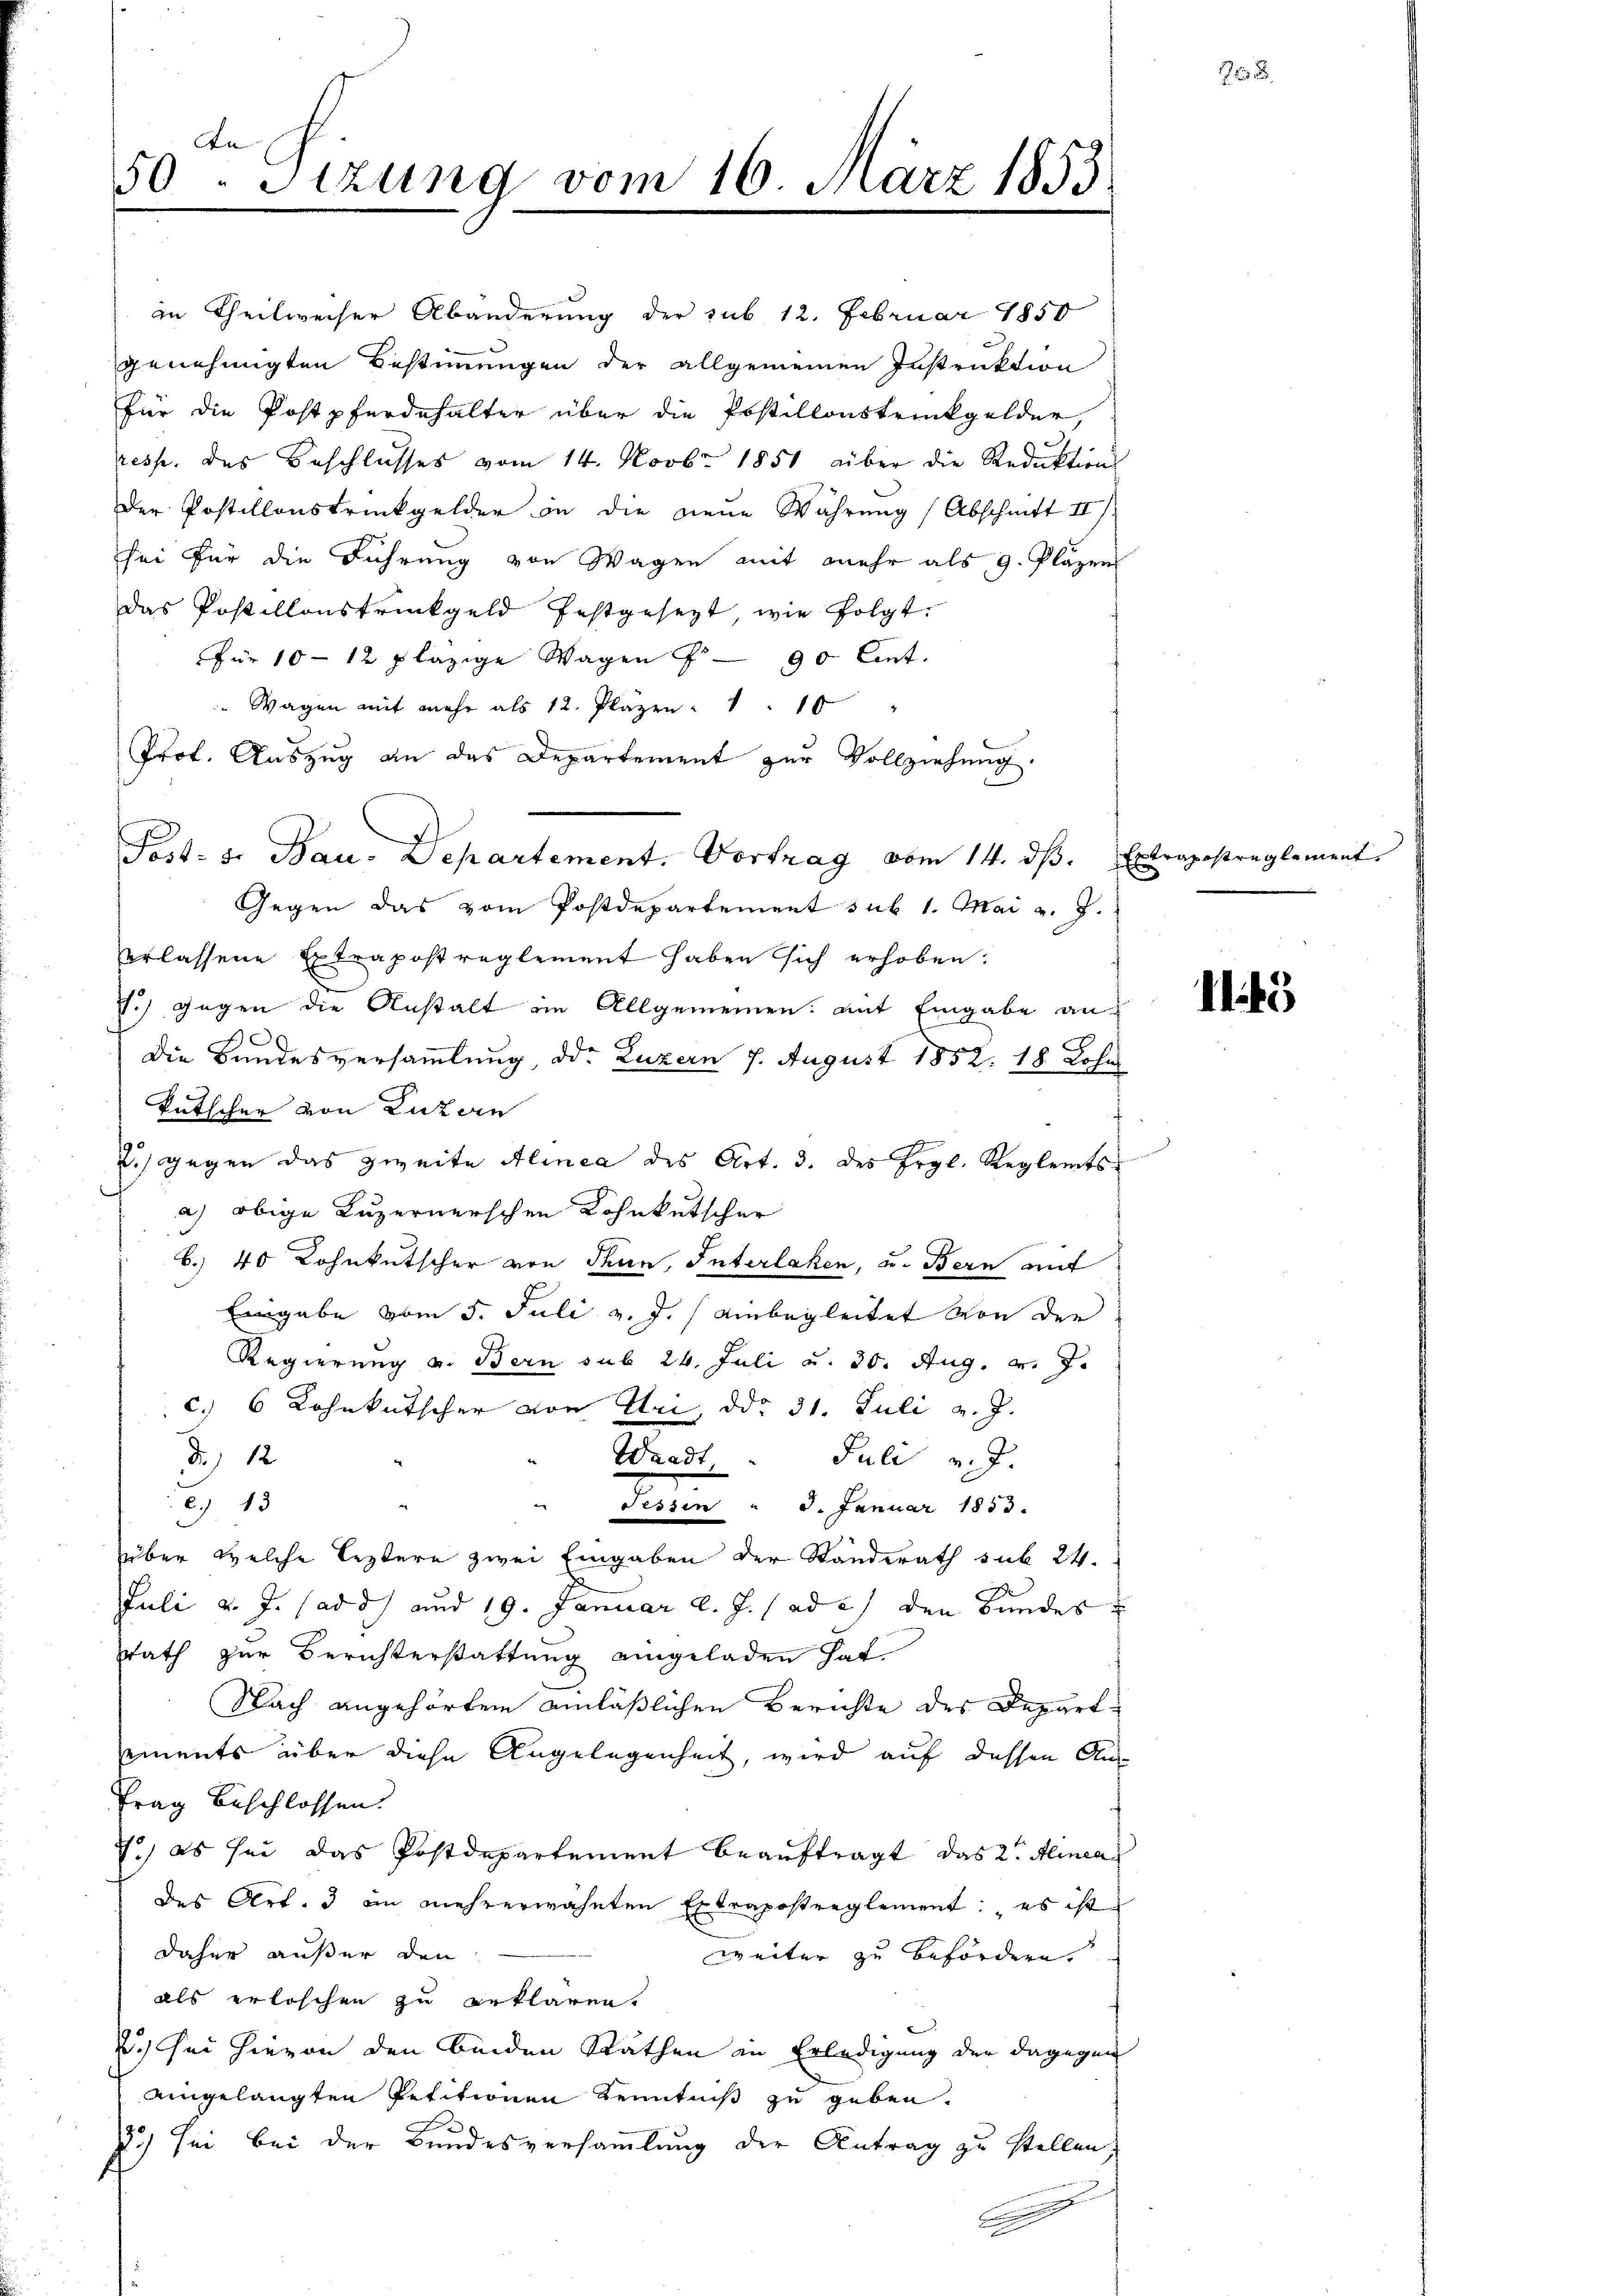
An
50. Sitzung vom 16. März 1853

in Theilweiser Abänderung der sub 12. Februar 1850
genehmigten Bestimmungen der allgemeinen Instruktion
für die Postpferdehalter über die Postillonstrückgelder,
resp. des Beschlusses vom 14. Novbr. 1851 aber die Reduktion
Der Postillonstrückgelder in die neue Währung (Abschnitt II).
sei für die Führung von Wagen mit mehr als 9. Plazen
das Postillonstrückgeld festgesezt, wie folgt.
für 10-12 plazige Wagen f 90 Ant.
" Wagen mit mehr als 12. Pläzen " " 15 "
Prof. Auszug an das Departement zur Vollziehung.
F
Gegen das vom Postdepartement sub 1. Mai v. J.
erlassene Extrapost reglement haben sich erhoben:
V.) gegen die Anstalt im Allgemeinen mit Eingabe an-
)
Die Bundesversammlung, d. Luzern 7. August 1852. 18. Lohns
Tutscher von Luzern
R.) gegen das zweite Alinea des Art. 3. des Ergl. Reglemtsa) obige Luzernerschen Kohnkutscher
6. 40 Lohnkutscher von Thun, Interlaken, u. Bern mit
Eingabe vom 5. Juli v. J. einbegleitet von der
Regierung u. Bern sub 24. Juli u. 30. Aug. v. J.
c. 6 Lohnkutscher von Uri, ddo 31. Juli v. J.
d. 12.
Waadt
Juli v. J.
e 13
Tessin " 8. Januar 1853.
über welche Leztere zwei Eingaben der Standerath sub 24.
Juli v. J. (ad d) und 19. Januar d. J. (ad c) den Bundes
rath zur Berichterstattung eingeladen hat.
Nach angehörten einläßlichen Berichte des Depart
ements über diese Angelegenheit, wird auf dessen Aus
Frag beschlossen.
.) es sei das Postdepartement beauftragt, das 2te Alinea
des Art. 3 in mehrerwähnten Extrapostreglement: "es ist
daher außer den
weiter zu befördern
als erloschen zu erklären.
2.) Sei hievon den beiden Rathen in Erledigung der dagegen
aingelangten Petitionen Kenntniß zu geben.
F
) sei bei der Bundesversammlung der Antrag zu stellen.

Jost: s. Bau. Departement. Vortrag vom 14. dβ. Extrapostreglement

2

1145)